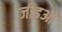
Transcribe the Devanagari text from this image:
जीइओ